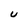
Character: U